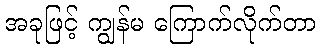
အခုဖြင့် ကျွန်မ ကြောက်လိုက်တာ